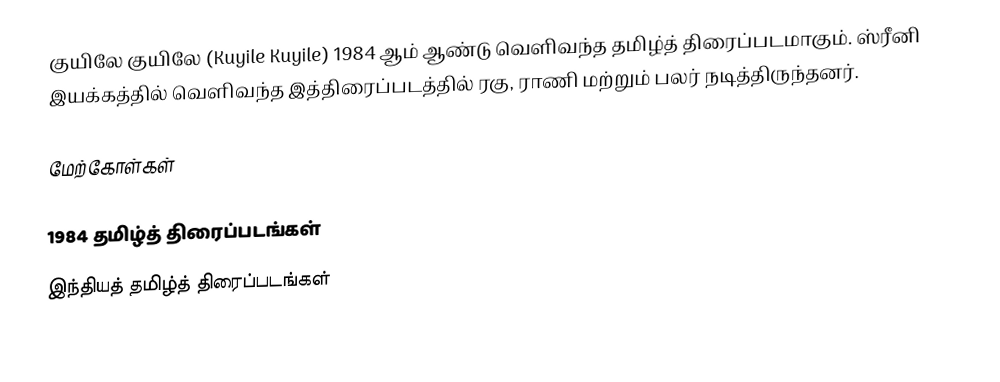
குயிலே குயிலே (Kuyile Kuyile) 1984 ஆம் ஆண்டு வெளிவந்த தமிழ்த் திரைப்படமாகும். ஸ்ரீனி இயக்கத்தில் வெளிவந்த இத்திரைப்படத்தில் ரகு, ராணி மற்றும் பலர் நடித்திருந்தனர்.

மேற்கோள்கள்

1984 தமிழ்த் திரைப்படங்கள்
இந்தியத் தமிழ்த் திரைப்படங்கள்